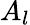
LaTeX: A_{l}